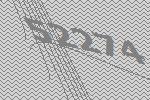
52274